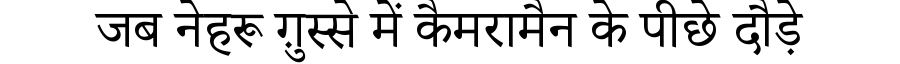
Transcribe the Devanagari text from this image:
जब नेहरू ग़ुस्से में कैमरामैन के पीछे दौड़े